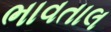
ભાવતાલ